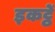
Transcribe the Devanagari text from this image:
इकट्ठें